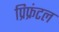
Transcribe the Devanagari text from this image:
प्रिफ्रंटल